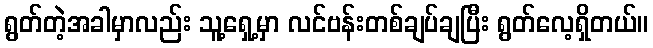
ရွတ်တဲ့အခါမှာလည်း သူ့ရှေ့မှာ လင်ဗန်းတစ်ချပ်ချပြီး ရွတ်လေ့ရှိတယ်။